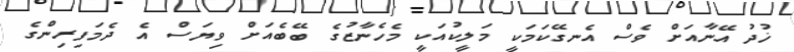
ޚުދު އޭނާއަށް ވެސް އެނގޭކަމަކީ މަލީކުއަކީ މެހެނާޒުގެ ބޭބެއަށް ވިޔަސް އެ ދެމަފިރިންގެ